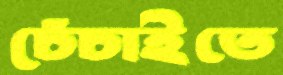
চেঁচাইতে